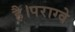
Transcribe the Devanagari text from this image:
है।पराग्वे